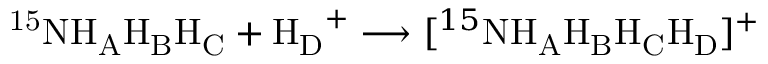
\mathrm { ^ { 1 5 } N H _ { A } H _ { B } H _ { C } } + \mathrm { H _ { D } } ^ { + } \longrightarrow [ ^ { 1 5 } \mathrm { N H _ { A } H _ { B } H _ { C } H _ { D } } ] ^ { + }